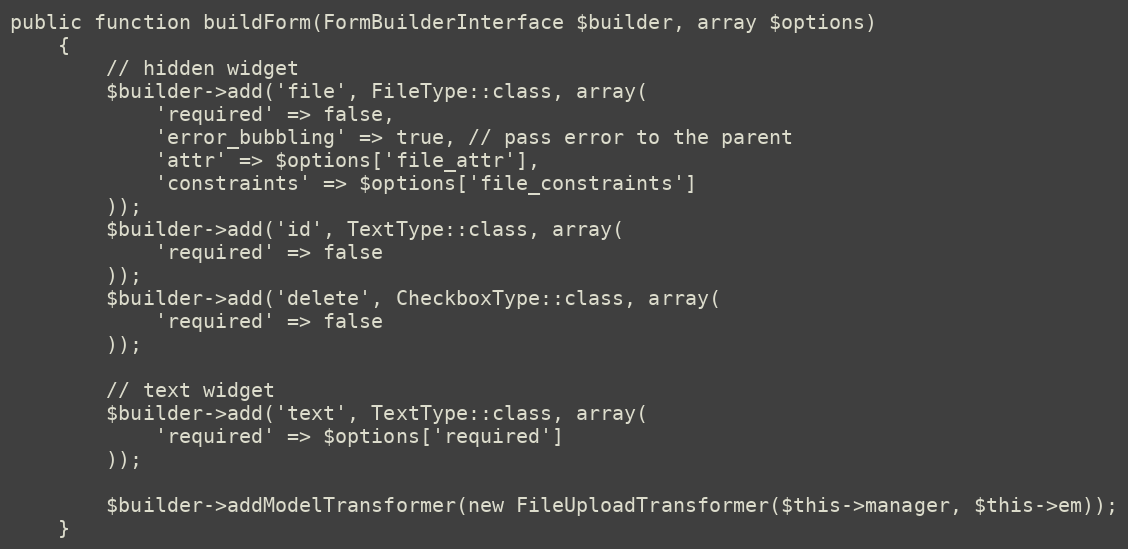
Language: PHP
public function buildForm(FormBuilderInterface $builder, array $options)
    {
        // hidden widget
        $builder->add('file', FileType::class, array(
            'required' => false,
            'error_bubbling' => true, // pass error to the parent
            'attr' => $options['file_attr'],
            'constraints' => $options['file_constraints']
        ));
        $builder->add('id', TextType::class, array(
            'required' => false
        ));
        $builder->add('delete', CheckboxType::class, array(
            'required' => false
        ));

        // text widget
        $builder->add('text', TextType::class, array(
            'required' => $options['required']
        ));

        $builder->addModelTransformer(new FileUploadTransformer($this->manager, $this->em));
    }